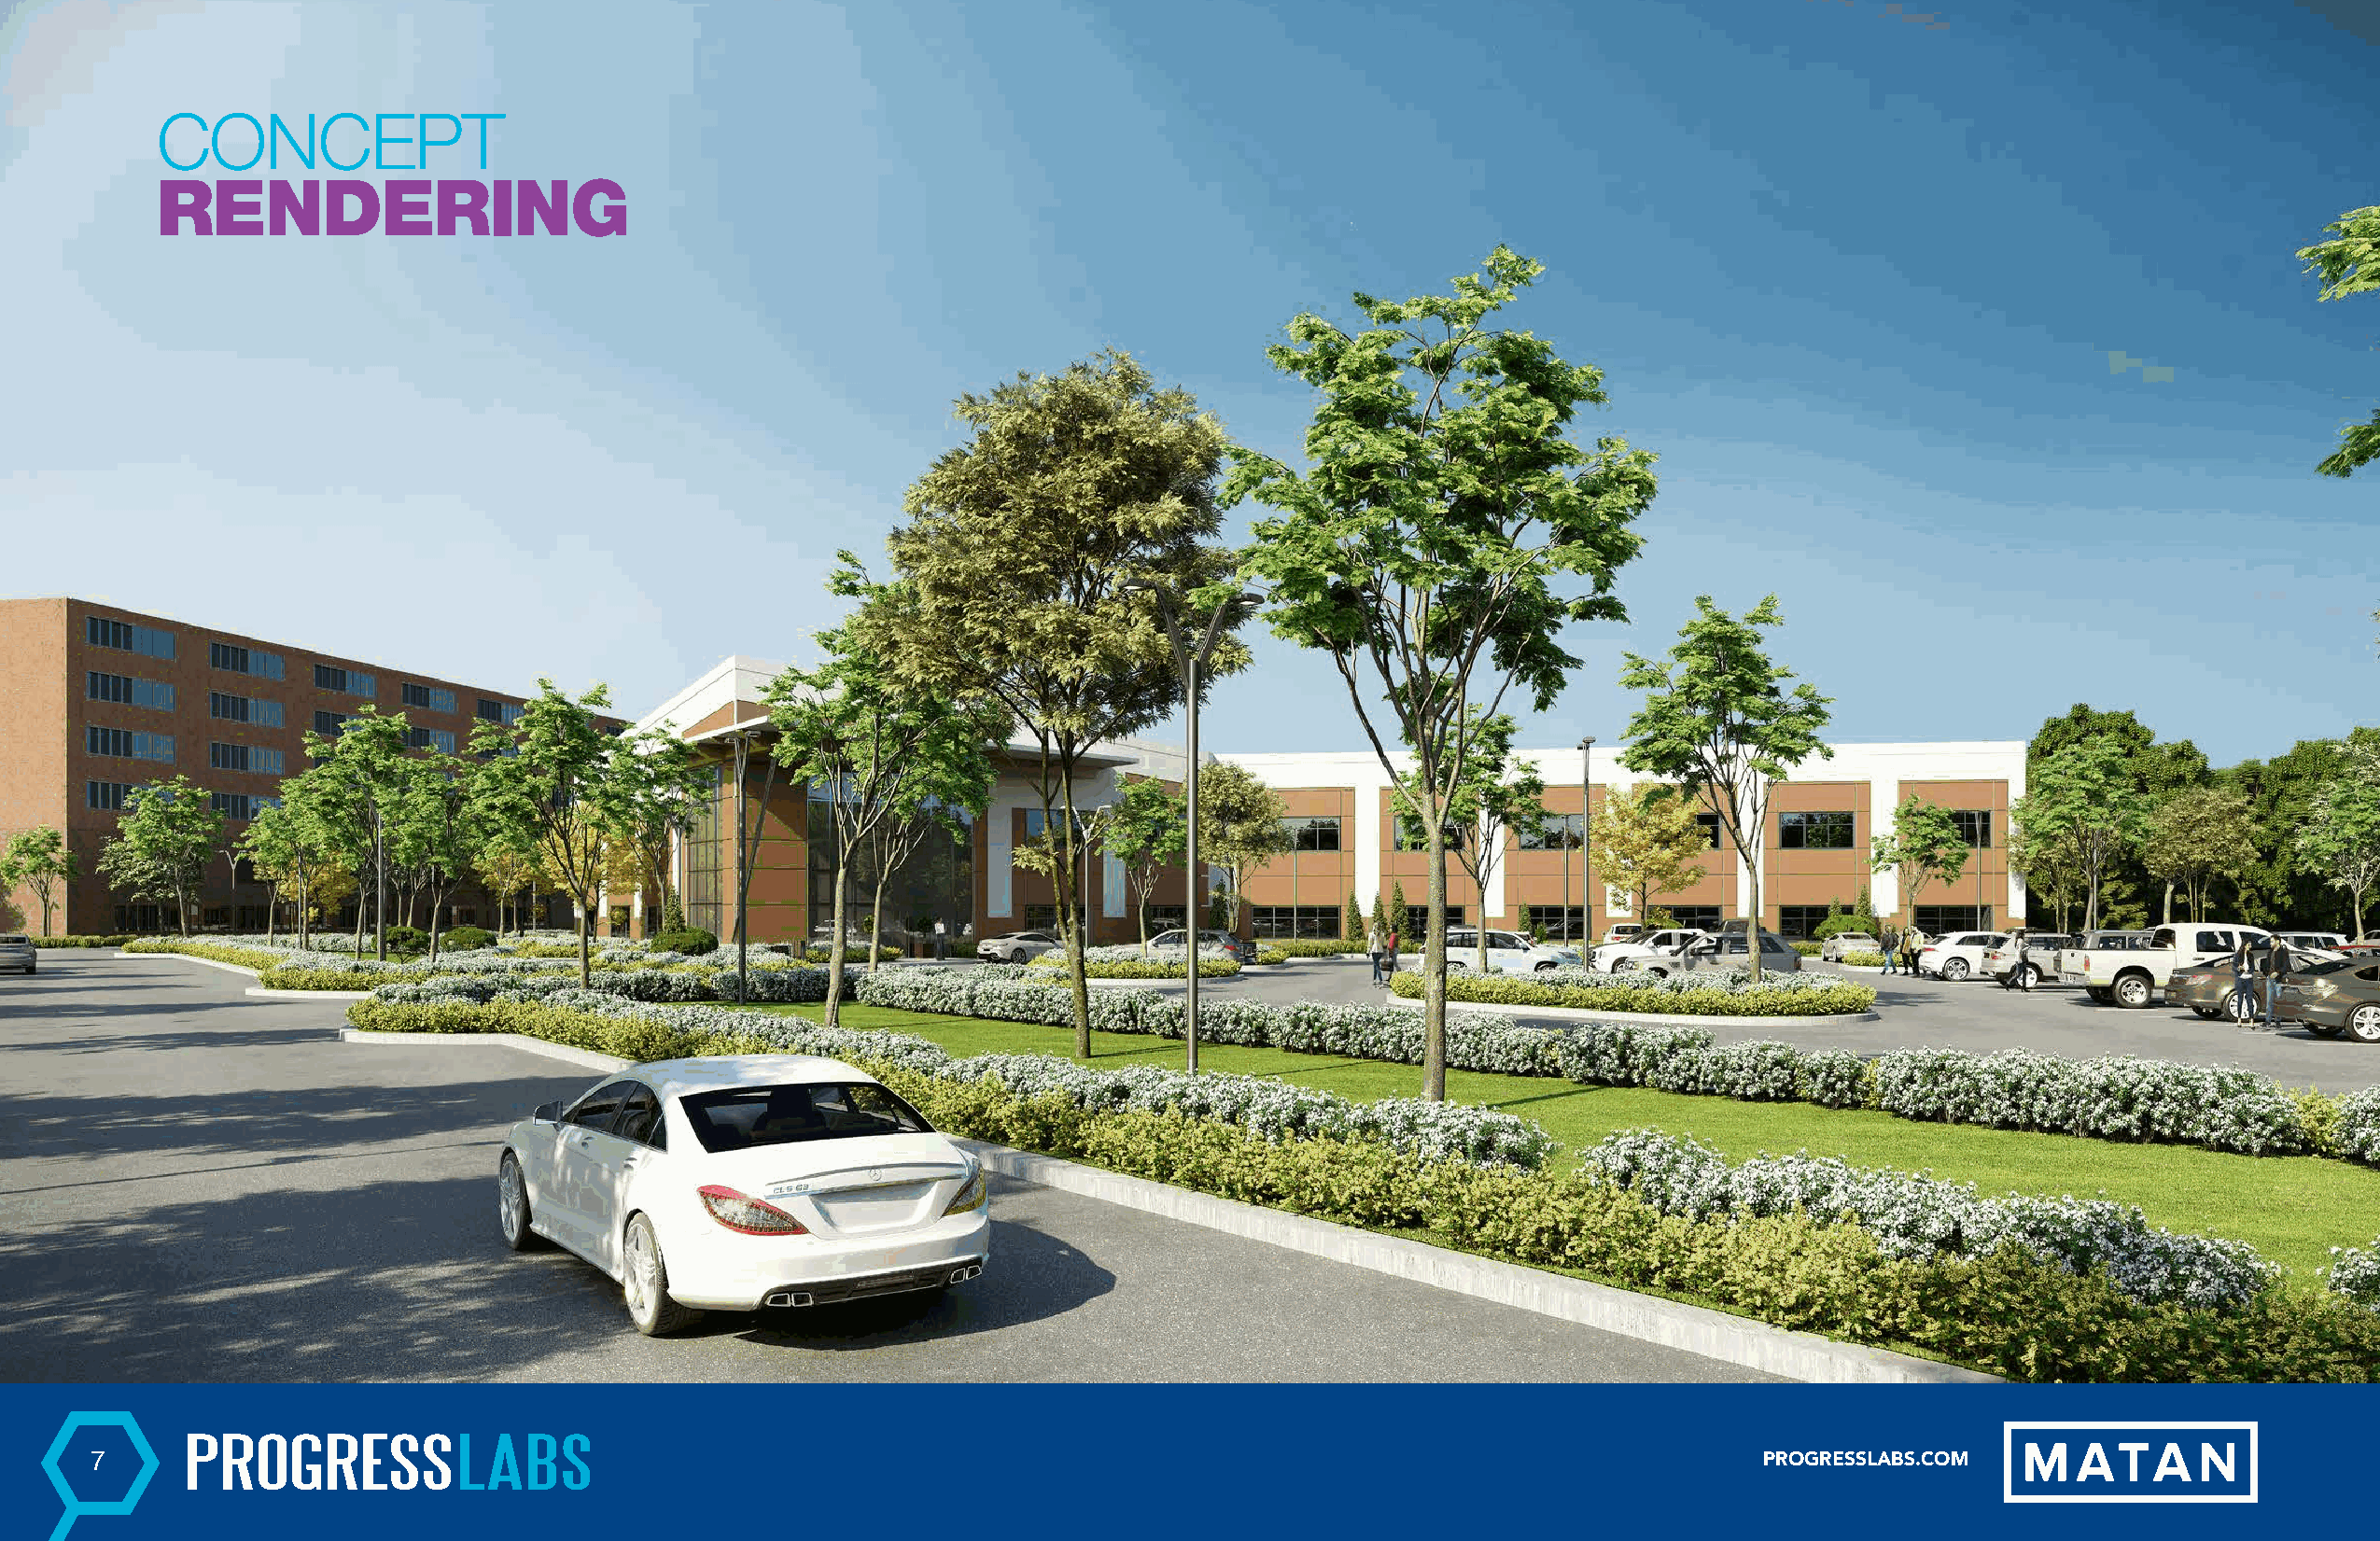
CONCEPT
 RENDERING
 7                                                                                                                      PROGRESSLABS.COM